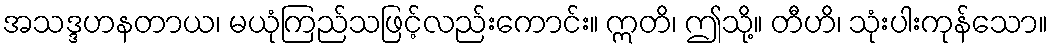
အသဒ္ဒဟနတာယ၊ မယုံကြည်သဖြင့်လည်းကောင်း။ ဣတိ၊ ဤသို့။ တီဟိ၊ သုံးပါးကုန်သော။